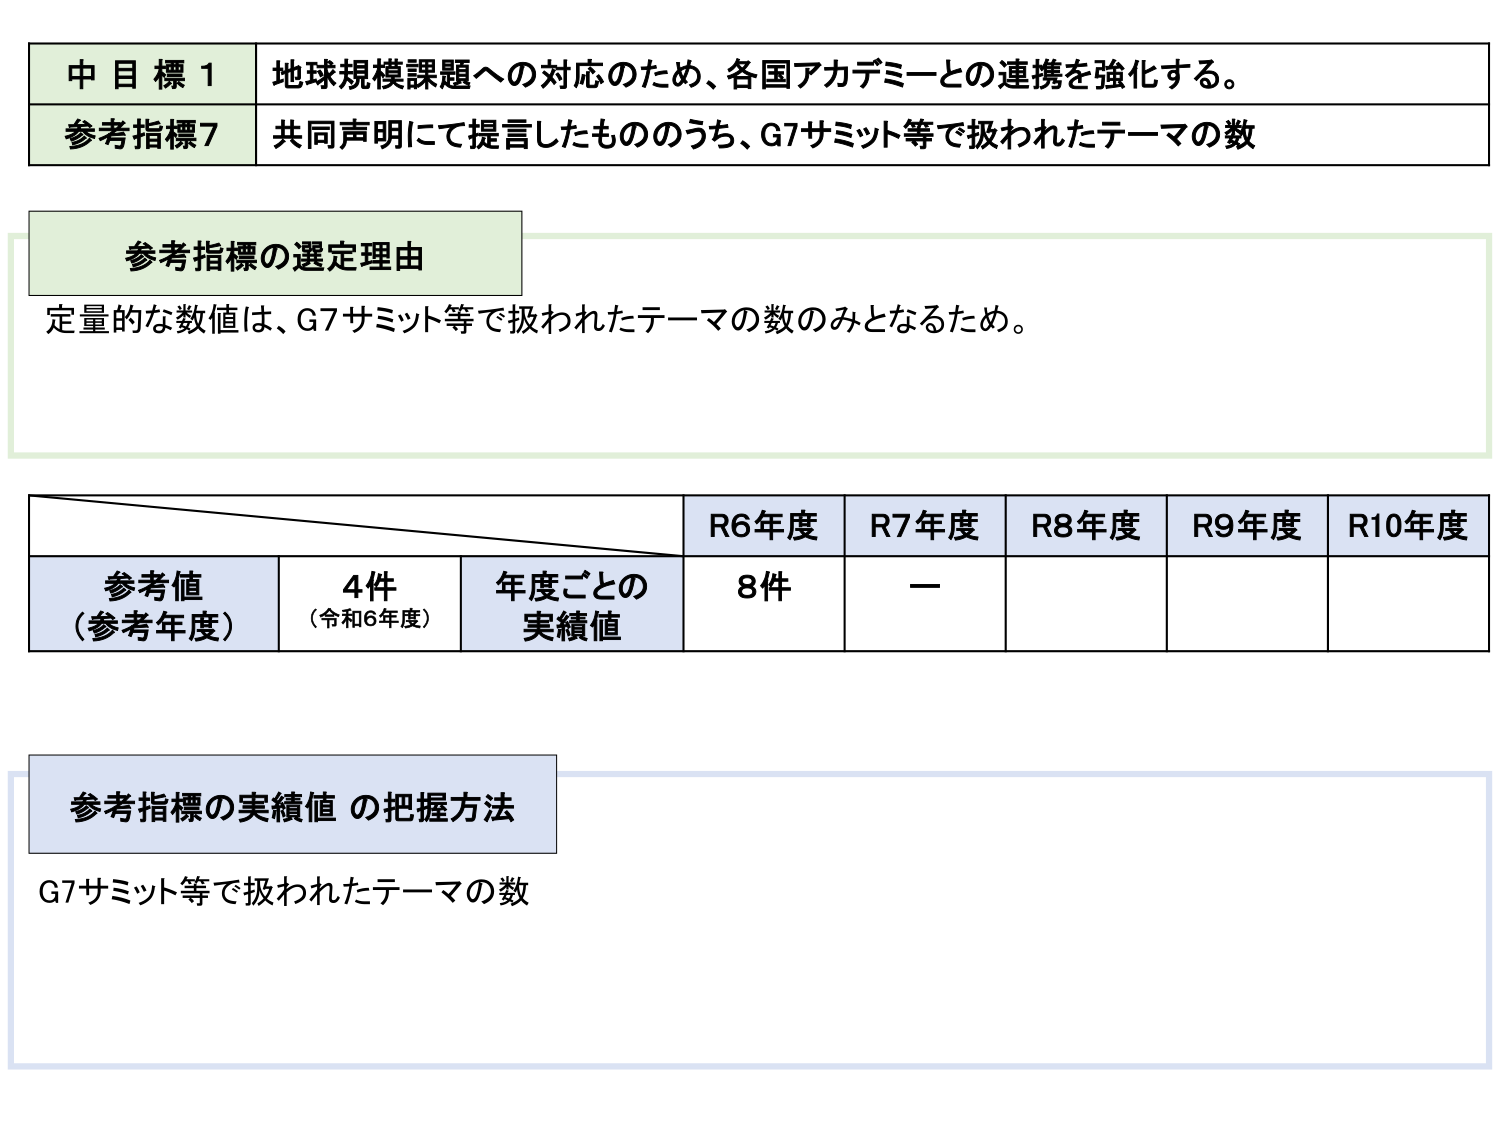
中目標1 地球規模課題への対応のため、各国アカデミーとの連携を強化する。
参考指標7 共同声明にて提言したものうち、G7サミット等で扱われたテーマの数

参考指標の選定理由
定量的な数値は、G7サミット等で扱われたテーマの数のみとなるため。

R6年度 R7年度 R8年度 R9年度 R10年度
参考値（参考年度） 4件（令和6年度） 年度ごとの実績値 8件 ー

参考指標の実績値 の把握方法
G7サミット等で扱われたテーマの数